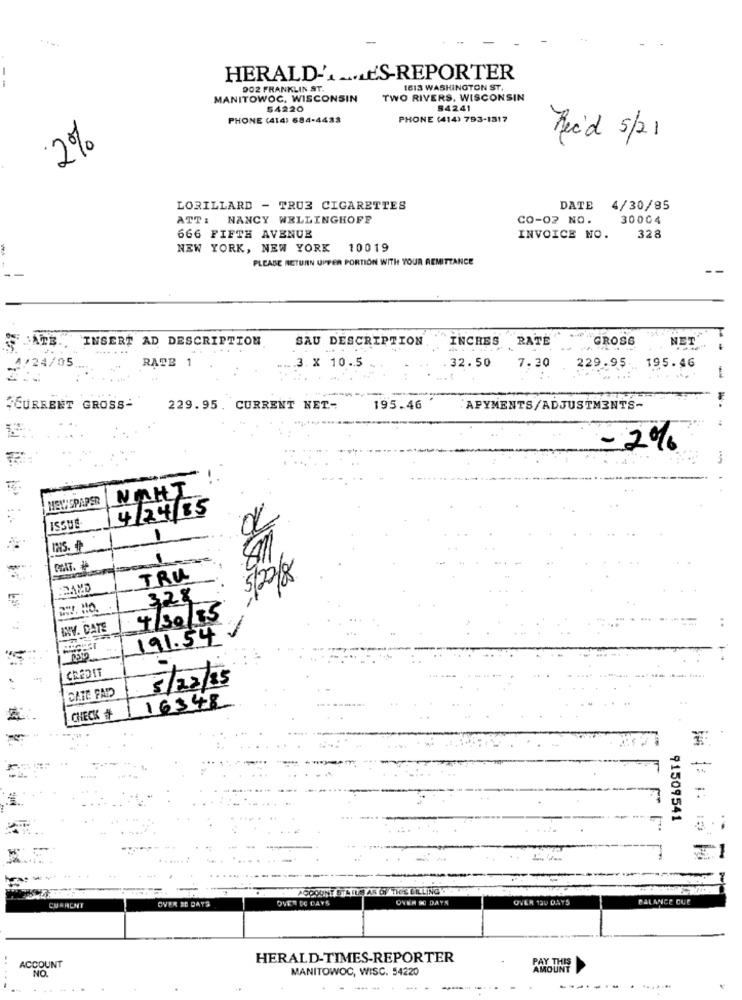
--
HERALD .. ... LE'S-REPORTER
DO2 FRANKLIN ST.
1613 WASHINGTON ST.
MANITOWOC, WISCONSIN
TWO RIVERS, WISCONSIN
54220
84241
PHONE (414) 684-4433
PHONE (414) 793-1317
Rec'd 5/21
2%
LORILLARD - TRUE CIGARETTES
DATE 4/30/85
ATT: NANCY WELLINGHOFF
CO-07 NO.
30004
666 FIFTH AVENUE
INVOICE NO.
328
NEW YORK, NEW YORK 10019
PLEASE RETURN UPPER PORTION WITH YOUR REMITTANCE
--
--
INSERT AD DESCRIPTION
SAU DESCRIPTION
INCHES RATE
GROSS
NET
3. X 10.5
32.50
RATE 1
7.30
229.95
195.46
-
CURRENT GROSS-
229.95. CURRENT NET-
195.46
APYMENTS/ADJUSTMENTS-
-2%
NEWSPAPER
NAHT
2.
4/24/85
ISSUE
125.
1
TRU
5/22/8
DAYD
328
=W. HO.
4/30/15
INV. DATE
-
191.54
CREDIT
5/22/ 13
CATE FADD
16348
CHECK
91509541
-
ACCOUNT STATUS AS OF'THOS ERLING EN
OVER 30 DAYS
OVER DE DAYS
OVER 90 DAYS
OVER 120 DAYS
BALANCE CUE
CURRENT
HERALD-TIMES-REPORTER
ACCOUNT
NO.
MANITOWOC, WISC. 54220
PAY THIS
....
..
........